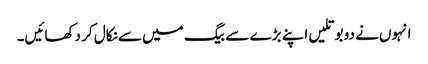
انہوں‌نے دو بوتلیں اپنے بڑے سے بیگ میں‌سے نکال کر دکھائیں۔